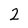
Character: 2